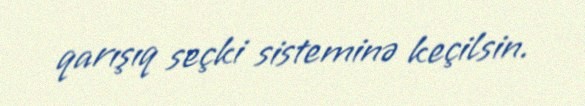
qarışıq seçki sisteminə keçilsin.